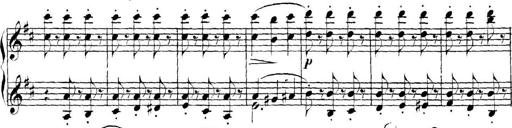
Title: Collected Piano Sonatas
Composer: Muzio Clementi